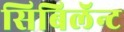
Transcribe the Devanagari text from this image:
सिबिलॅन्ट